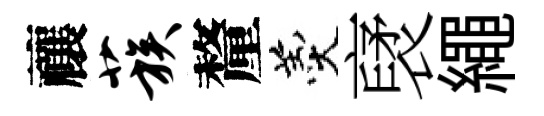
禳蔟釐羹裦繩